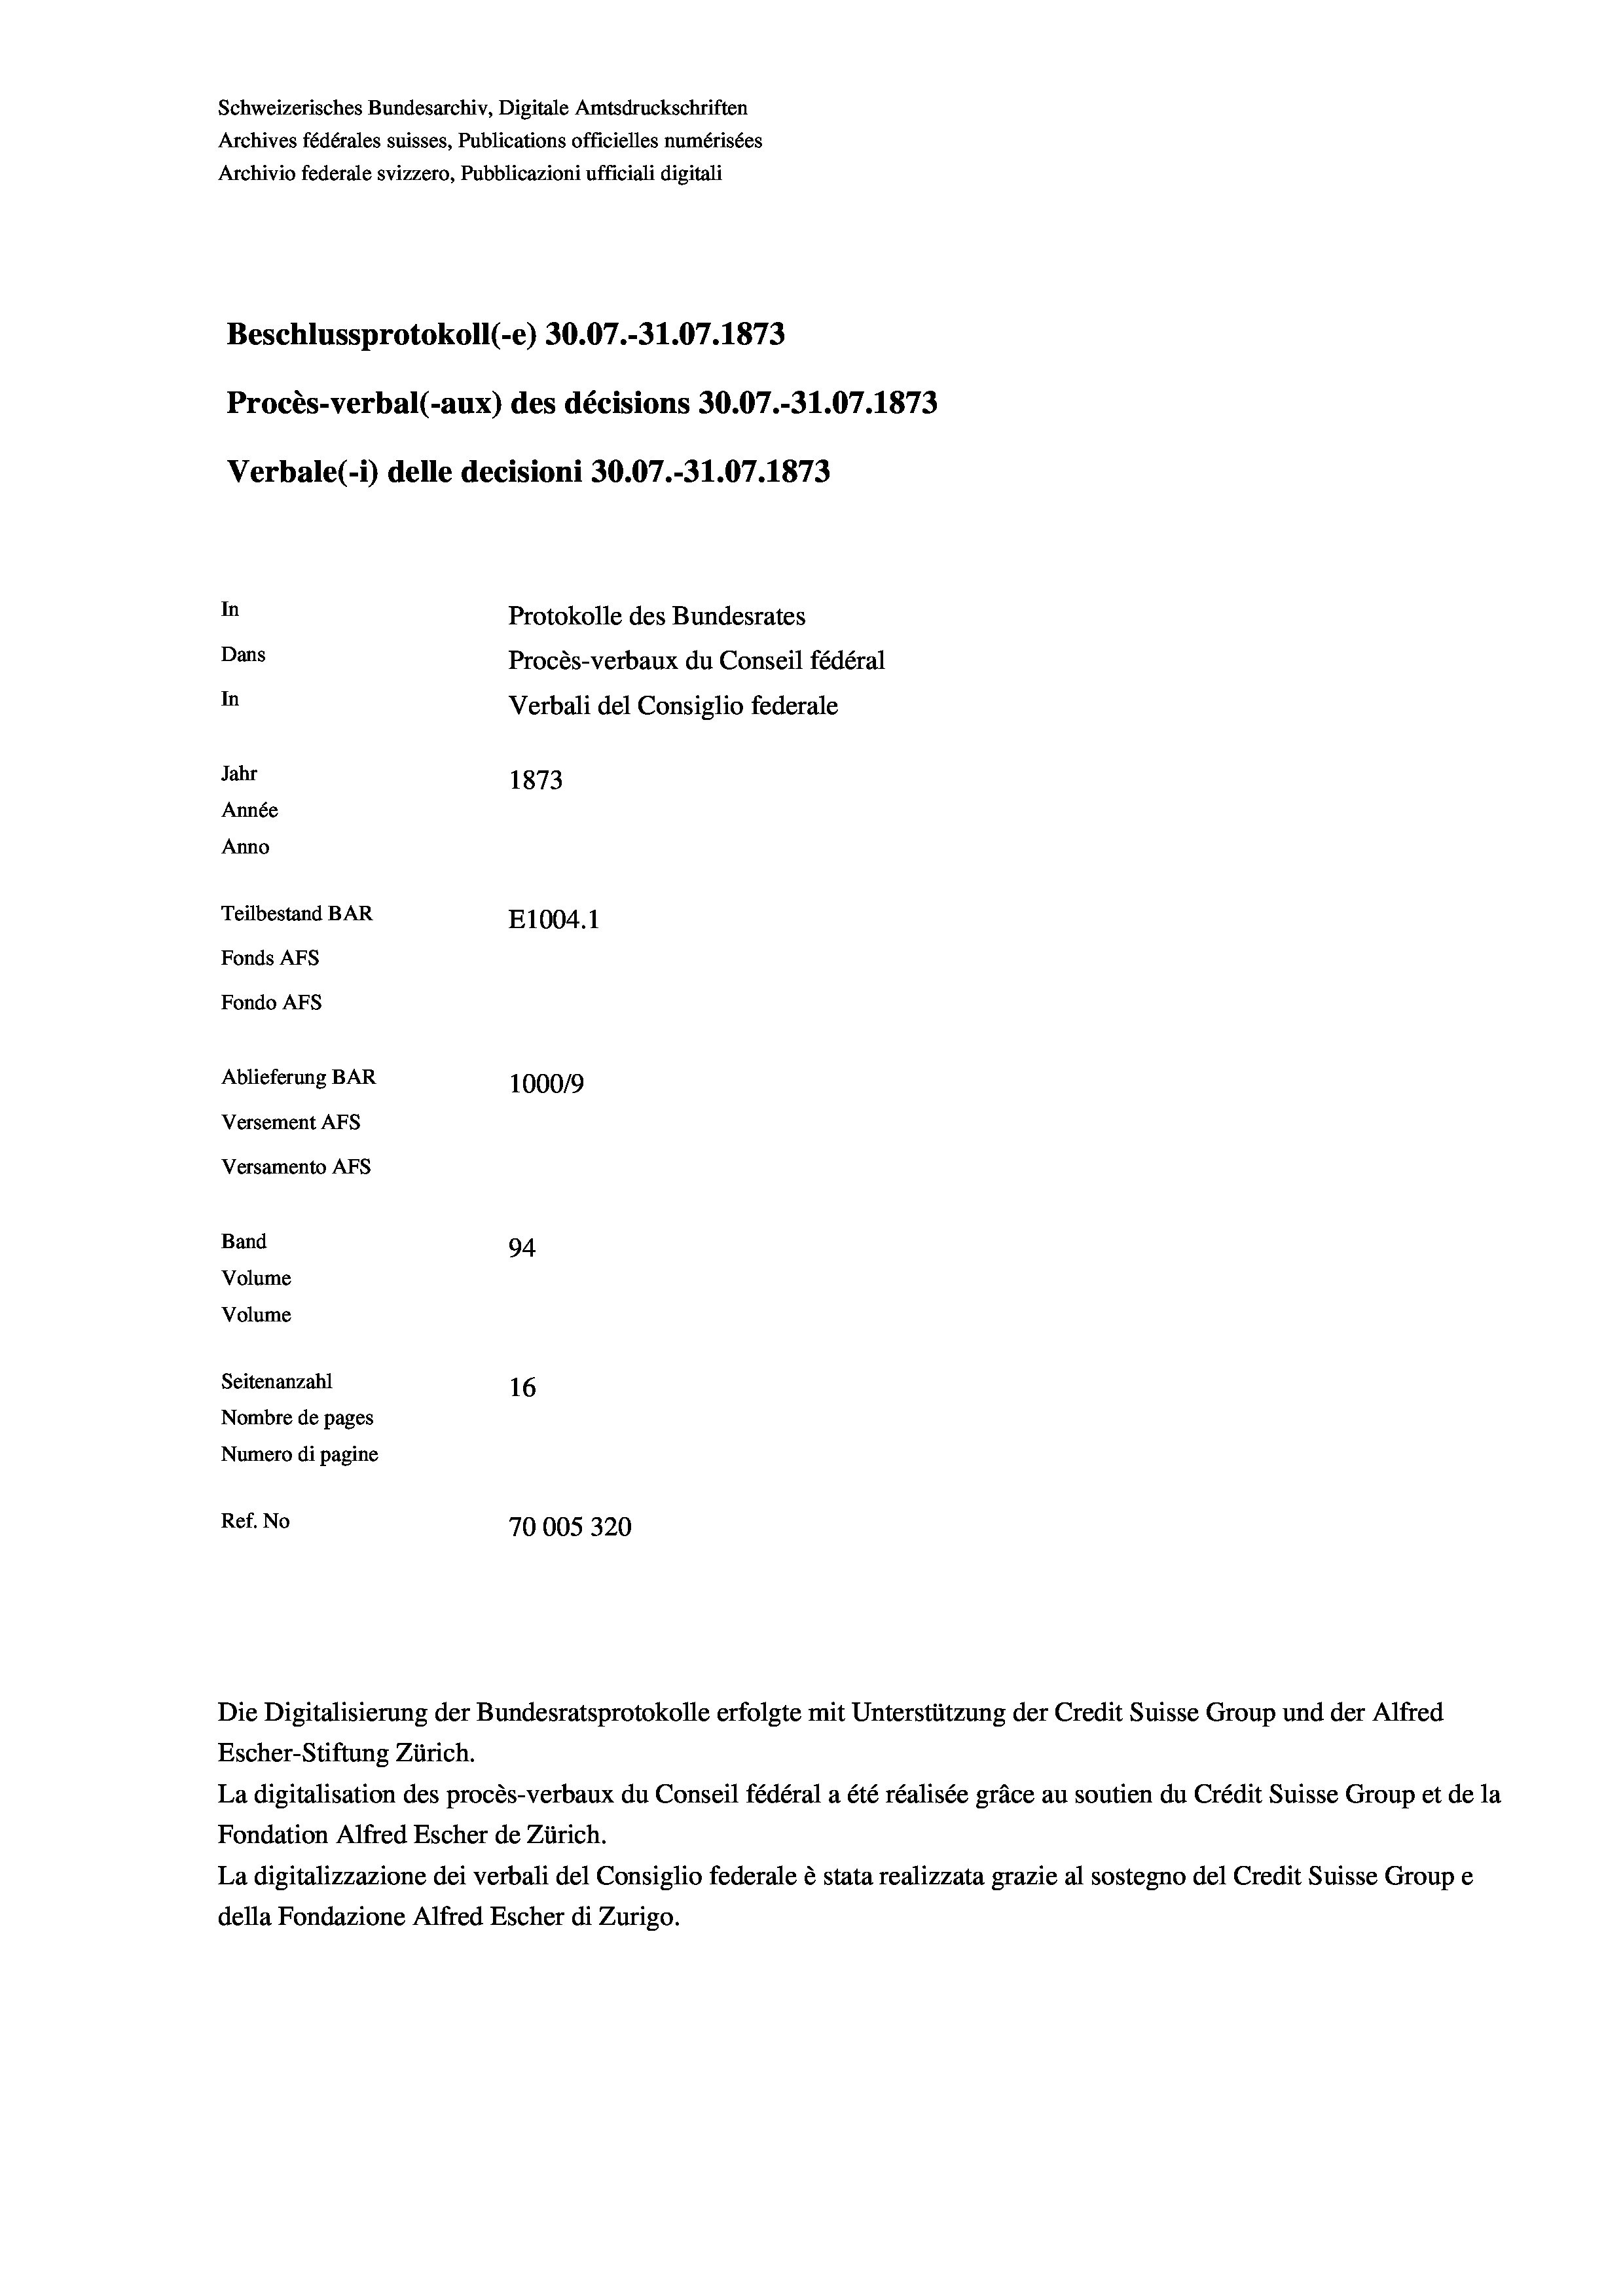
Schweizerisches Bundesarchiv, Digitale Amtsdruckschriften
Archives fédérales suisses, Publications officielles numérisées
Archivio federale svizzero, Pubblicazioni ufficiali digitali
Beschlussprotokoll (-e) 30.07.-31.07. 1873
Procès-verbal (-aux) des décisions 30.07.-31.07. 1873
Verbale(*) delle decisioni 30.07.-31.07. 1873
In
Protokolle des Bundesrates
Dans
Procès-verbaux du Conseil fédéral
In
Verbali del Consiglio federale
Jahr
1873
Année
Anno
Teilbestand BAR
E1004.1
Fonds AFs
Fondo AFS
Ablieferung BAR
100019
Versement AFs
Versamento AFs
Band
94.
Volume
Volume

Seitenanzahl
16
Nombre de pages
Numero di pagine
Ref. No
70005320

Die Digitalisierung der Bundesratsprotokolle erfolgte mit Unterstützung der Credit Suisse Group und der Alfred
Escher-Stiftung Zürich.
La digitalisation des procès-verbaux du Conseil fédéral a été réalisée gräce au soutien du Crédit Suisse Group et de la
Fondation Alfred Escher de Zürich.
La digitalizzazione dei verbali del Consiglio federale è stata realizzata grazie al sostegno del Credit Suisse Groupe
della Fondazione Alfred Escher di Zurigo.